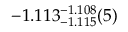
- 1 . 1 1 3 _ { - 1 . 1 1 5 } ^ { - 1 . 1 0 8 } ( 5 )